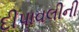
દીપાવલીની